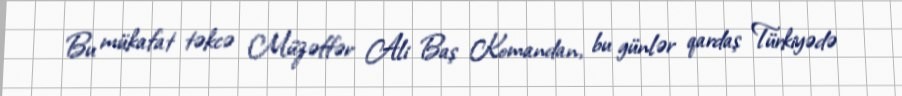
Bu mükafat təkcə Müzəffər Ali Baş Komandan, bu günlər qardaş Türkiyədə